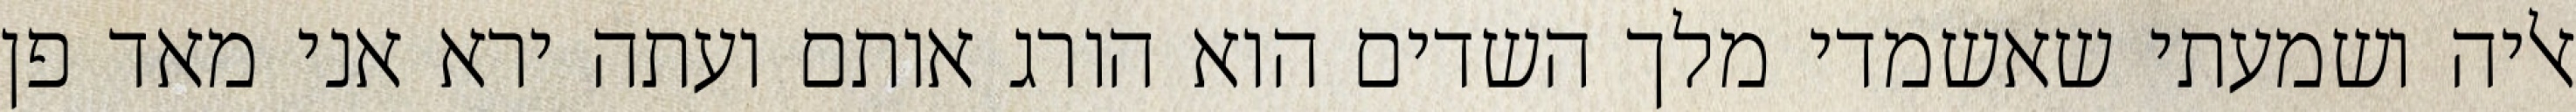
אליה ושמעתי שאשמדי מלך השדים הוא הורג אותם ועתה ירא אני מאד פן